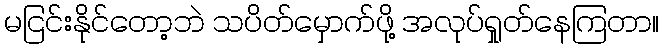
မငြင်းနိုင်တော့ဘဲ သပိတ်မှောက်ဖို့ အလုပ်ရှုတ်နေကြတာ။